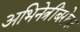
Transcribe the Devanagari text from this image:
अभिनेत्रींबरोबर